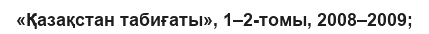
«Қазақстан табиғаты», 1–2-томы, 2008–2009;